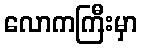
လောကကြီးမှာ